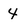
Character: 4